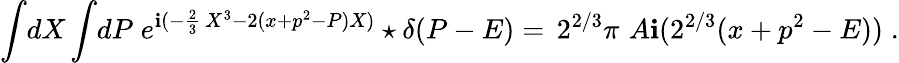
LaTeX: \int\! dX\int\! dP\; e^{\mathbf{i}(-\frac{{2}}{{3}}\, X^{3}-2(x+p^{2}-P)X)}\star\delta(P-E)=\, 2^{2/3}\pi\, \, A\mathbf{i}(2^{2/3}(x+p^{2}-E))\; .